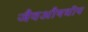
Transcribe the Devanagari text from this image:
जैवऔषधीय